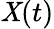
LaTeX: \mathit{X}(t)